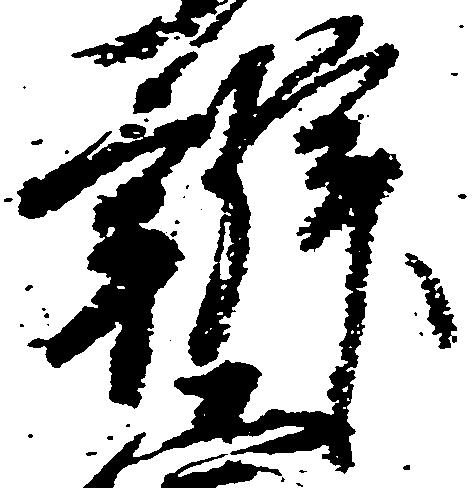
弁